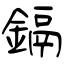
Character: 鎘